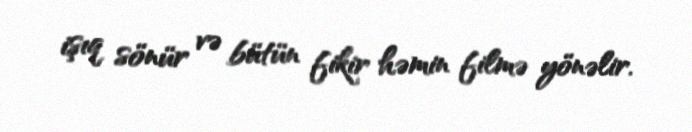
işıq sönür və bütün fikir həmin filmə yönəlir.